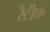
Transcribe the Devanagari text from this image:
रेटीफ